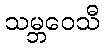
သမ္ဘဝေသီ